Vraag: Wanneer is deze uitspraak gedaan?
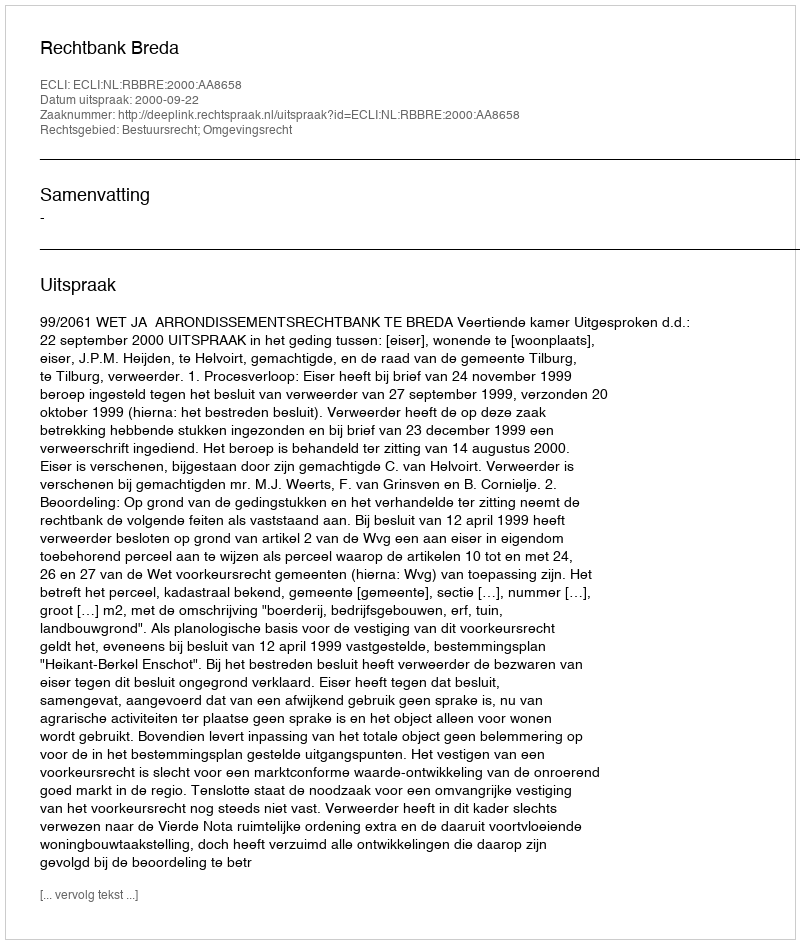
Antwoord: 2000-09-22